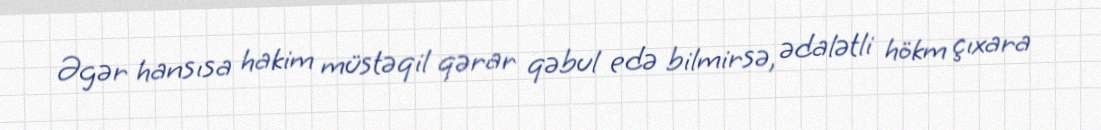
Əgər hansısa hakim müstəqil qərar qəbul edə bilmirsə, ədalətli hökm çıxara